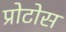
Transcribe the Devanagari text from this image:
प्रोटोस